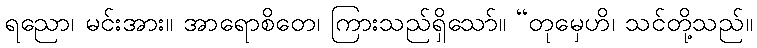
ရညော၊ မင်းအား။ အာရောစိတေ၊ ကြားသည်ရှိသော်။ “တုမှေဟိ၊ သင်တို့သည်။